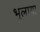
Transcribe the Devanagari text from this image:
भूलाया